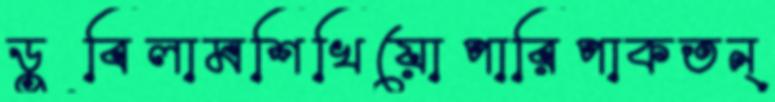
ডুবিলামশিখিয়োপারিপাকতন্